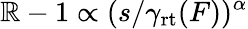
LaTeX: \mathbb{R}-1\propto(s/\gamma_{\mathrm{{rt}}}(F))^{\alpha}